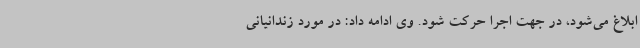
ابلاغ می‌شود، در جهت اجرا حرکت شود. وی ادامه داد: در مورد زندانیانی